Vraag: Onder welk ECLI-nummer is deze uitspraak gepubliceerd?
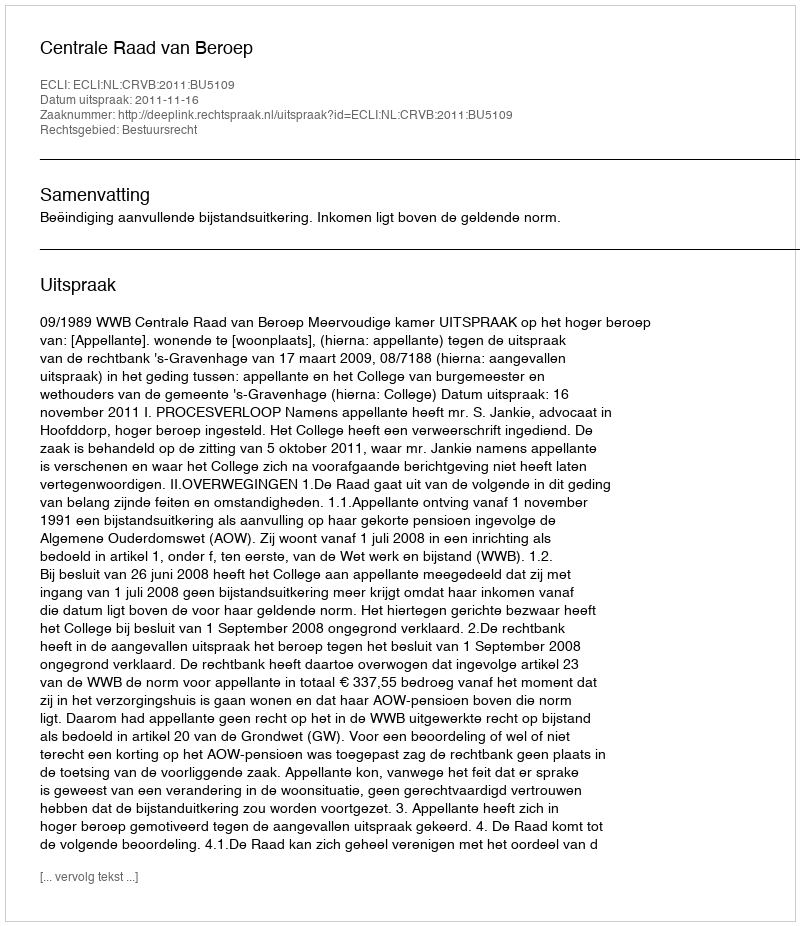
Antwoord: ECLI:NL:CRVB:2011:BU5109